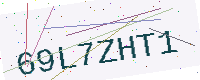
Text: 69L7ZHT1